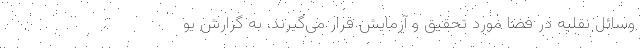
وسائل نقلیه در فضا مورد تحقیق و آزمایش قرار می‌گیرند. به گزارش یو